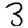
Digit: 3